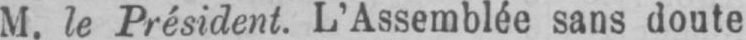
M. le Président. L’Assemblée sans doute